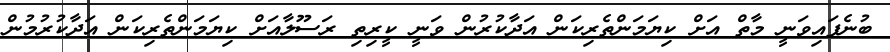
ބުނެފައިވަނީ މާތް އަށް ކިޔަމަންތެރިކަން އަދާކުރުން ވަނީ ކީރިތި ރަސޫލާއަށް ކިޔަމަންތެރިކަން އަދާކުރުމުން